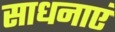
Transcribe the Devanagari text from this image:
साधनाएं